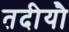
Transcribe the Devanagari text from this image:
तदीयौ